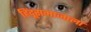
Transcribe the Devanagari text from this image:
हिंदूसमाजाला